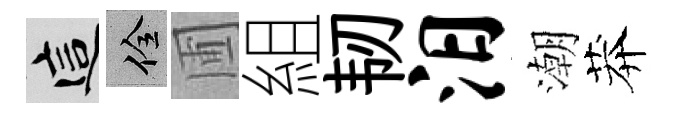
這佺圃組韧汨潮莽